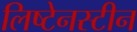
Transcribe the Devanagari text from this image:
लिष्टेनस्टीन